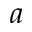
a